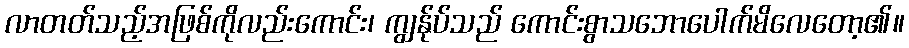
လာတတ်သည့်အဖြစ်ကိုလည်းကောင်း၊ ကျွန်ုပ်သည် ကောင်းစွာသဘောပေါက်မိလေတော့၏။